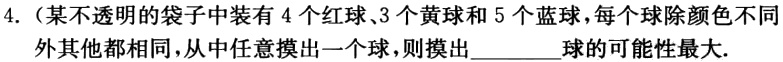
4.（某不透明的袋子中装有 4 个红球、3 个黄球和 5 个蓝球，每个球除颜色不同外其他都相同，从中任意摸出一个球，则摸出______球的可能性最大.